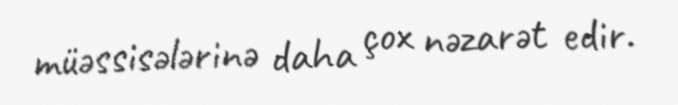
müəssisələrinə daha çox nəzarət edir.